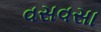
વસવસા